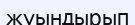
жуындырып